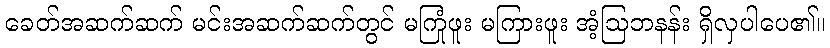
ခေတ်အဆက်ဆက် မင်းအဆက်ဆက်တွင် မကြုံဖူး မကြားဖူး အံ့ဩဘနန်း ရှိလှပါပေ၏။